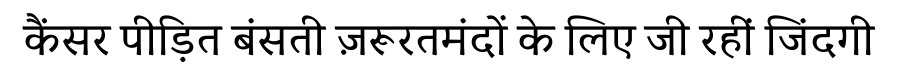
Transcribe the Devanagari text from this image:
कैंसर पीड़ित बंसती ज़रूरतमंदों के लिए जी रहीं जिंदगी